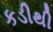
કડીથી